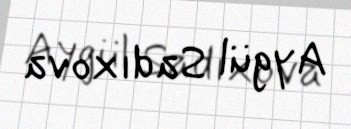
Aygül Sadıxova